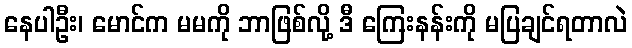
နေပါဦး၊ မောင်က မမကို ဘာဖြစ်လို့ ဒီ ကြေးနန်းကို မပြချင်ရတာလဲ